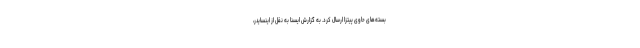
بسته‌های حاوی پیتزا ارسال کرد. به گزارش ایسنا به نقل از اینسایدر،‌